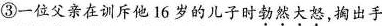
③一位父亲在训斥他16岁的儿子时勃然大怒，掏出手